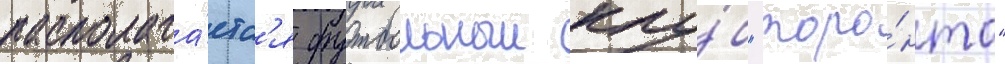
располага́етс'я футбольныи клу́б "торо́нто"